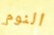
النوم